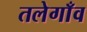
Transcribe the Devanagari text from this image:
तलेगाँव